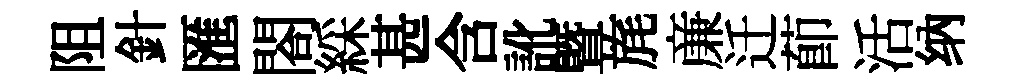
阻針匯閤綵甚含訛暨旄亷迁莭活纳